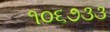
૧૦૬૭૩૩